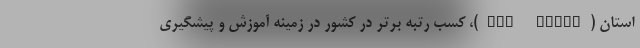
استان (rud panel)، کسب رتبه برتر در کشور در زمینه آموزش و پیشگیری